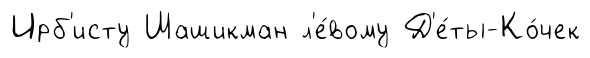
Ирб'исту Шашикман л'е́вому Д'е́ты-Ко́чек